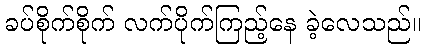
ခပ်စိုက်စိုက် လက်ပိုက်ကြည့်နေ ခဲ့လေသည်။